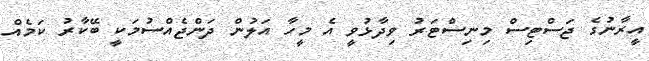
އީރާނުގެ ޖަސްޓިސް މިނިސްޓަރު ވިދާޅުވީ އެ މީހާ އަލުން ދަންޖެއްސުމަކީ ބޭކާރު ކަމެއް